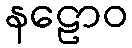
နဠောဝ